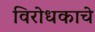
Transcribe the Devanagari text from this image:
विरोधकाचे